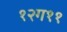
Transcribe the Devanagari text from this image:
१२ग११